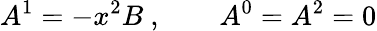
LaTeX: A^{1}=-x^{2}B\ ,\qquad A^{0}=A^{2}=0